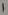
Text: 1